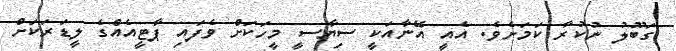
ގަބޫލު ނުކުރާ ކަމަށެވެ. އެއީ އޭނާއަކީ ސިޔާސީ މީހަކަށް ވެފައި ޕާޓީއެއްގެ ލީޑަރަކަށް